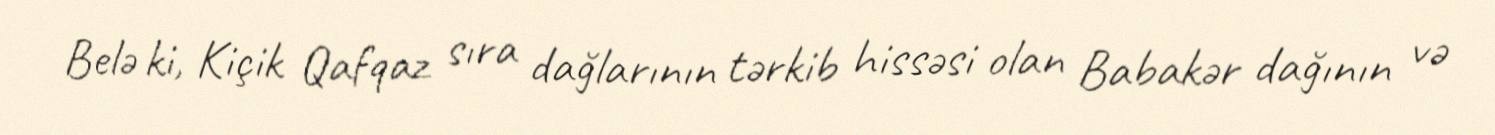
Belə ki, Kiçik Qafqaz sıra dağlarının tərkib hissəsi olan Babakər dağının və